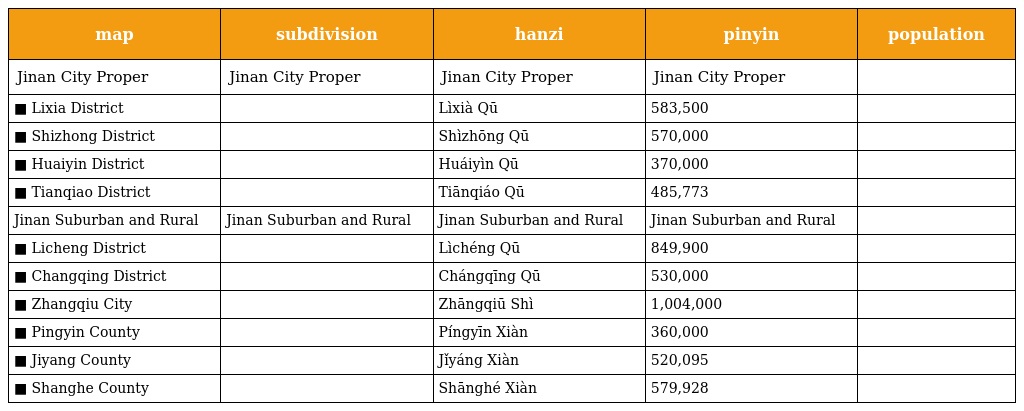
| map | subdivision | hanzi | pinyin | population |
 | --- | --- | --- | --- | --- |
 | Jinan City Proper | Jinan City Proper | Jinan City Proper | Jinan City Proper |  |
 | ■ Lixia District | 历 下 区 | Lìxià Qū | 583,500 |  |
 | ■ Shizhong District | 市 中 区 | Shìzhōng Qū | 570,000 |  |
 | ■ Huaiyin District | 槐 荫 区 | Huáiyìn Qū | 370,000 |  |
 | ■ Tianqiao District | 天 桥 区 | Tiānqiáo Qū | 485,773 |  |
 | Jinan Suburban and Rural | Jinan Suburban and Rural | Jinan Suburban and Rural | Jinan Suburban and Rural |  |
 | ■ Licheng District | 历 城 区 | Lìchéng Qū | 849,900 |  |
 | ■ Changqing District | 长 清 区 | Chángqīng Qū | 530,000 |  |
 | ■ Zhangqiu City | 章 丘 市 | Zhāngqiū Shì | 1,004,000 |  |
 | ■ Pingyin County | 平 阴 县 | Píngyīn Xiàn | 360,000 |  |
 | ■ Jiyang County | 济 阳 县 | Jǐyáng Xiàn | 520,095 |  |
 | ■ Shanghe County | 商 河 县 | Shānghé Xiàn | 579,928 |  |